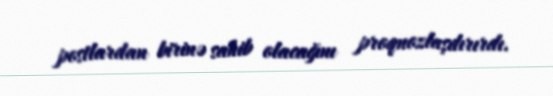
postlardan birinə sahib olacağını proqnozlaşdırırdı.